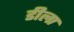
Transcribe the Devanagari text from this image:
डीला